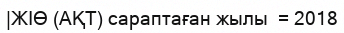
|ЖІӨ (АҚТ) сараптаған жылы  = 2018